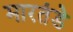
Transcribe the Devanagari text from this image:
मारतंडे